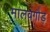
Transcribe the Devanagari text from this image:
मालवगौड़